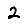
Digit: 2